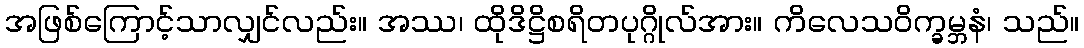
အဖြစ်ကြောင့်သာလျှင်လည်း။ အဿ၊ ထိုဒိဋ္ဌိစရိတပုဂ္ဂိုလ်အား။ ကိလေသဝိက္ခမ္ဘနံ၊ သည်။